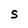
Character: S